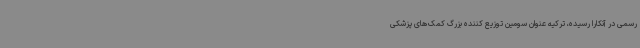
رسمی در آنکارا رسیده، ترکیه عنوان سومین توزیع کننده بزرگ کمک‌های پزشکی